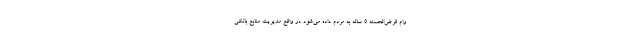
وام قرض‌الحسنه 5 ساله به مردم داده می‌شود در واقع مدیریت منابع بانکی